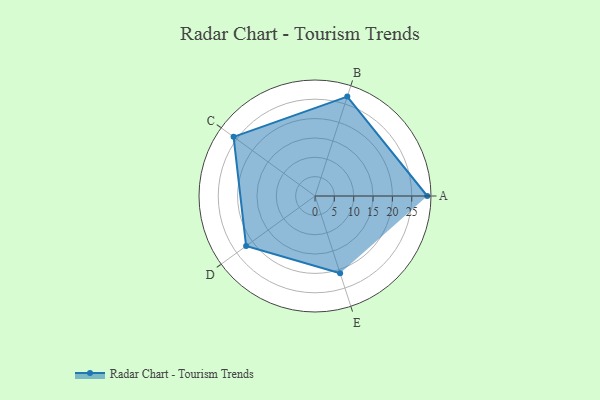
{"axis": {"x": "Skill", "y": "Score"}, "legend": ["Profile"], "data": [{"x": "A", "y": 29.0, "type": "Profile"}, {"x": "B", "y": 27.0, "type": "Profile"}, {"x": "C", "y": 26.0, "type": "Profile"}, {"x": "D", "y": 22.0, "type": "Profile"}, {"x": "E", "y": 21.0, "type": "Profile"}]}